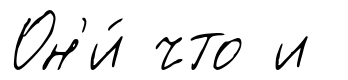
Он'и́ что и